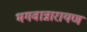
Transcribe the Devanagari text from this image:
भगवान्नारायण